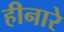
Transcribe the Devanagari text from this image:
हीनारे